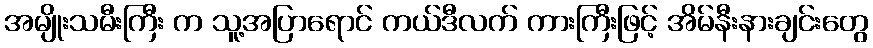
အမျိုးသမီးကြီး က သူ့အပြာရောင် ကယ်ဒီလက် ကားကြီးဖြင့် အိမ်နီးနားချင်းတွေ